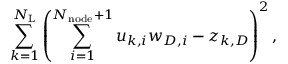
\sum _ { k = 1 } ^ { N _ { \mathrm { L } } } \left( \sum _ { i = 1 } ^ { N _ { \mathrm { n o d e } } + 1 } u _ { k , i } w _ { D , i } - z _ { k , D } \right) ^ { 2 } ,